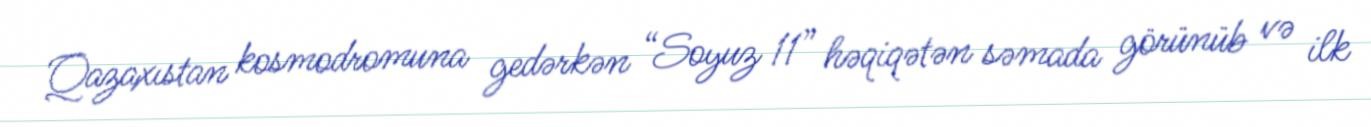
Qazaxıstan kosmodromuna gedərkən “Soyuz 11” həqiqətən səmada görünüb və ilk